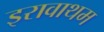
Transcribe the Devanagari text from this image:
इरावाथम